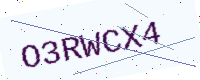
Text: O3RWCX4